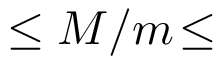
\leq M / m \! \leq